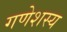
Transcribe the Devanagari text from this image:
गणेशस्य